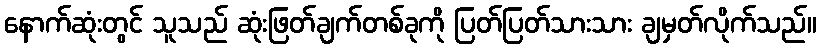
နောက်ဆုံးတွင် သူသည် ဆုံးဖြတ်ချက်တစ်ခုကို ပြတ်ပြတ်သားသား ချမှတ်လိုက်သည်။